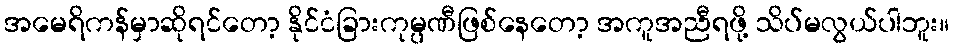
အမေရိကန်မှာဆိုရင်တော့ နိုင်ငံခြားကုမ္ပဏီဖြစ်နေတော့ အကူအညီရဖို့ သိပ်မလွယ်ပါဘူး။